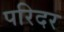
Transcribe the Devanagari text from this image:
परिदर